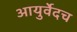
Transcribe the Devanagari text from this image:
आयुर्वेदच